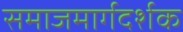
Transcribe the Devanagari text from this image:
समाजमार्गदर्शक